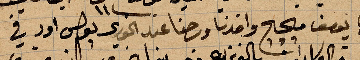
الخوري يوسف ... واخذنا رحنا عند الخوري بولس اور في